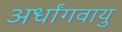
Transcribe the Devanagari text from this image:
अर्धांगवायु